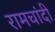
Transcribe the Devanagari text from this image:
रामचांदी